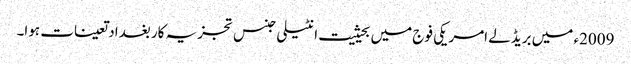
2009ء میں بریڈلے امریکی فوج میں بحیثیت انٹیلی جنس تجزیہ کار بغداد تعینات ہوا۔